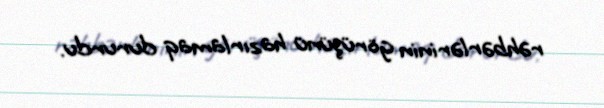
rəhbərlərinin görüşünü hazırlamaq dururdu.